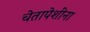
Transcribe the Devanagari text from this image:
चेतापेशींना